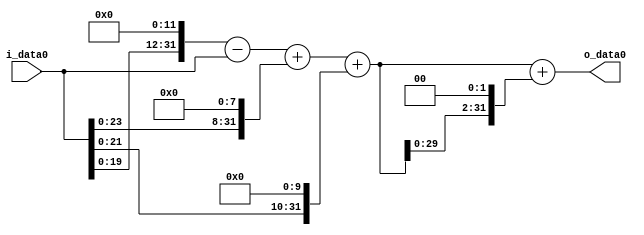
module multiplier_block_60 (
    i_data0,
    o_data0
);
  input   [31:0] i_data0;
  output  [31:0]
    o_data0;
  wire [31:0]
    w1,
    w4096,
    w4095,
    w256,
    w4351,
    w1024,
    w5375,
    w21500,
    w26875;
  assign w1 = i_data0;
  assign w1024 = w1 << 10;
  assign w21500 = w5375 << 2;
  assign w256 = w1 << 8;
  assign w26875 = w5375 + w21500;
  assign w4095 = w4096 - w1;
  assign w4096 = w1 << 12;
  assign w4351 = w4095 + w256;
  assign w5375 = w4351 + w1024;
  assign o_data0 = w26875;
endmodule